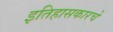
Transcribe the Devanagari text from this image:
इतिहासकारचे